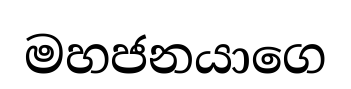
මහජනයාගෙ